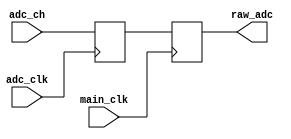
// MAX19506 adc input clock synchronization
//
// Copyright (C) 2023  Kevin O'Connor <kevin@koconnor.net>
//
// This file may be distributed under the terms of the GNU GPLv3 license.

module maxadcsync(
    input main_clk,
    input adc_clk,

    input [7:0] adc_ch,
    output [7:0] raw_adc
    );

    // Read from input pins
    reg [7:0] adc_buf;
    always @(posedge adc_clk)
        adc_buf <= adc_ch;

    // Store in register using main clock
    reg [7:0] main_buf;
    always @(posedge main_clk)
        main_buf <= adc_buf;

    assign raw_adc = main_buf;

endmodule